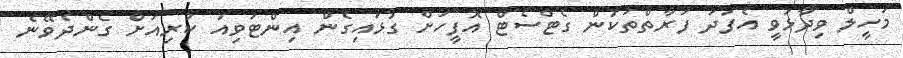
މަހީލް ވިދާޅުވީ އެފަދަ ފަރާތްތަކުން ގެޓްސެޓް އޮފީހަށް ގުޅައިގެން އިންޓަވިއު ކުރިއަށް ގެންދެވޭނެ